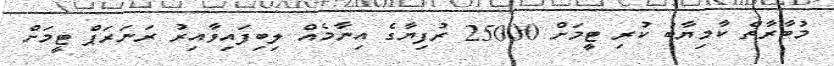
މުބާރާތް ކާމިޔާބު ކުރި ޓީމަށް 25000 ރުފިޔާގެ އިނާމެއް ލިބިފައިވާއިރު ރަނަރަޕް ޓީމަށް